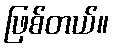
ဖြစ်တယ်။